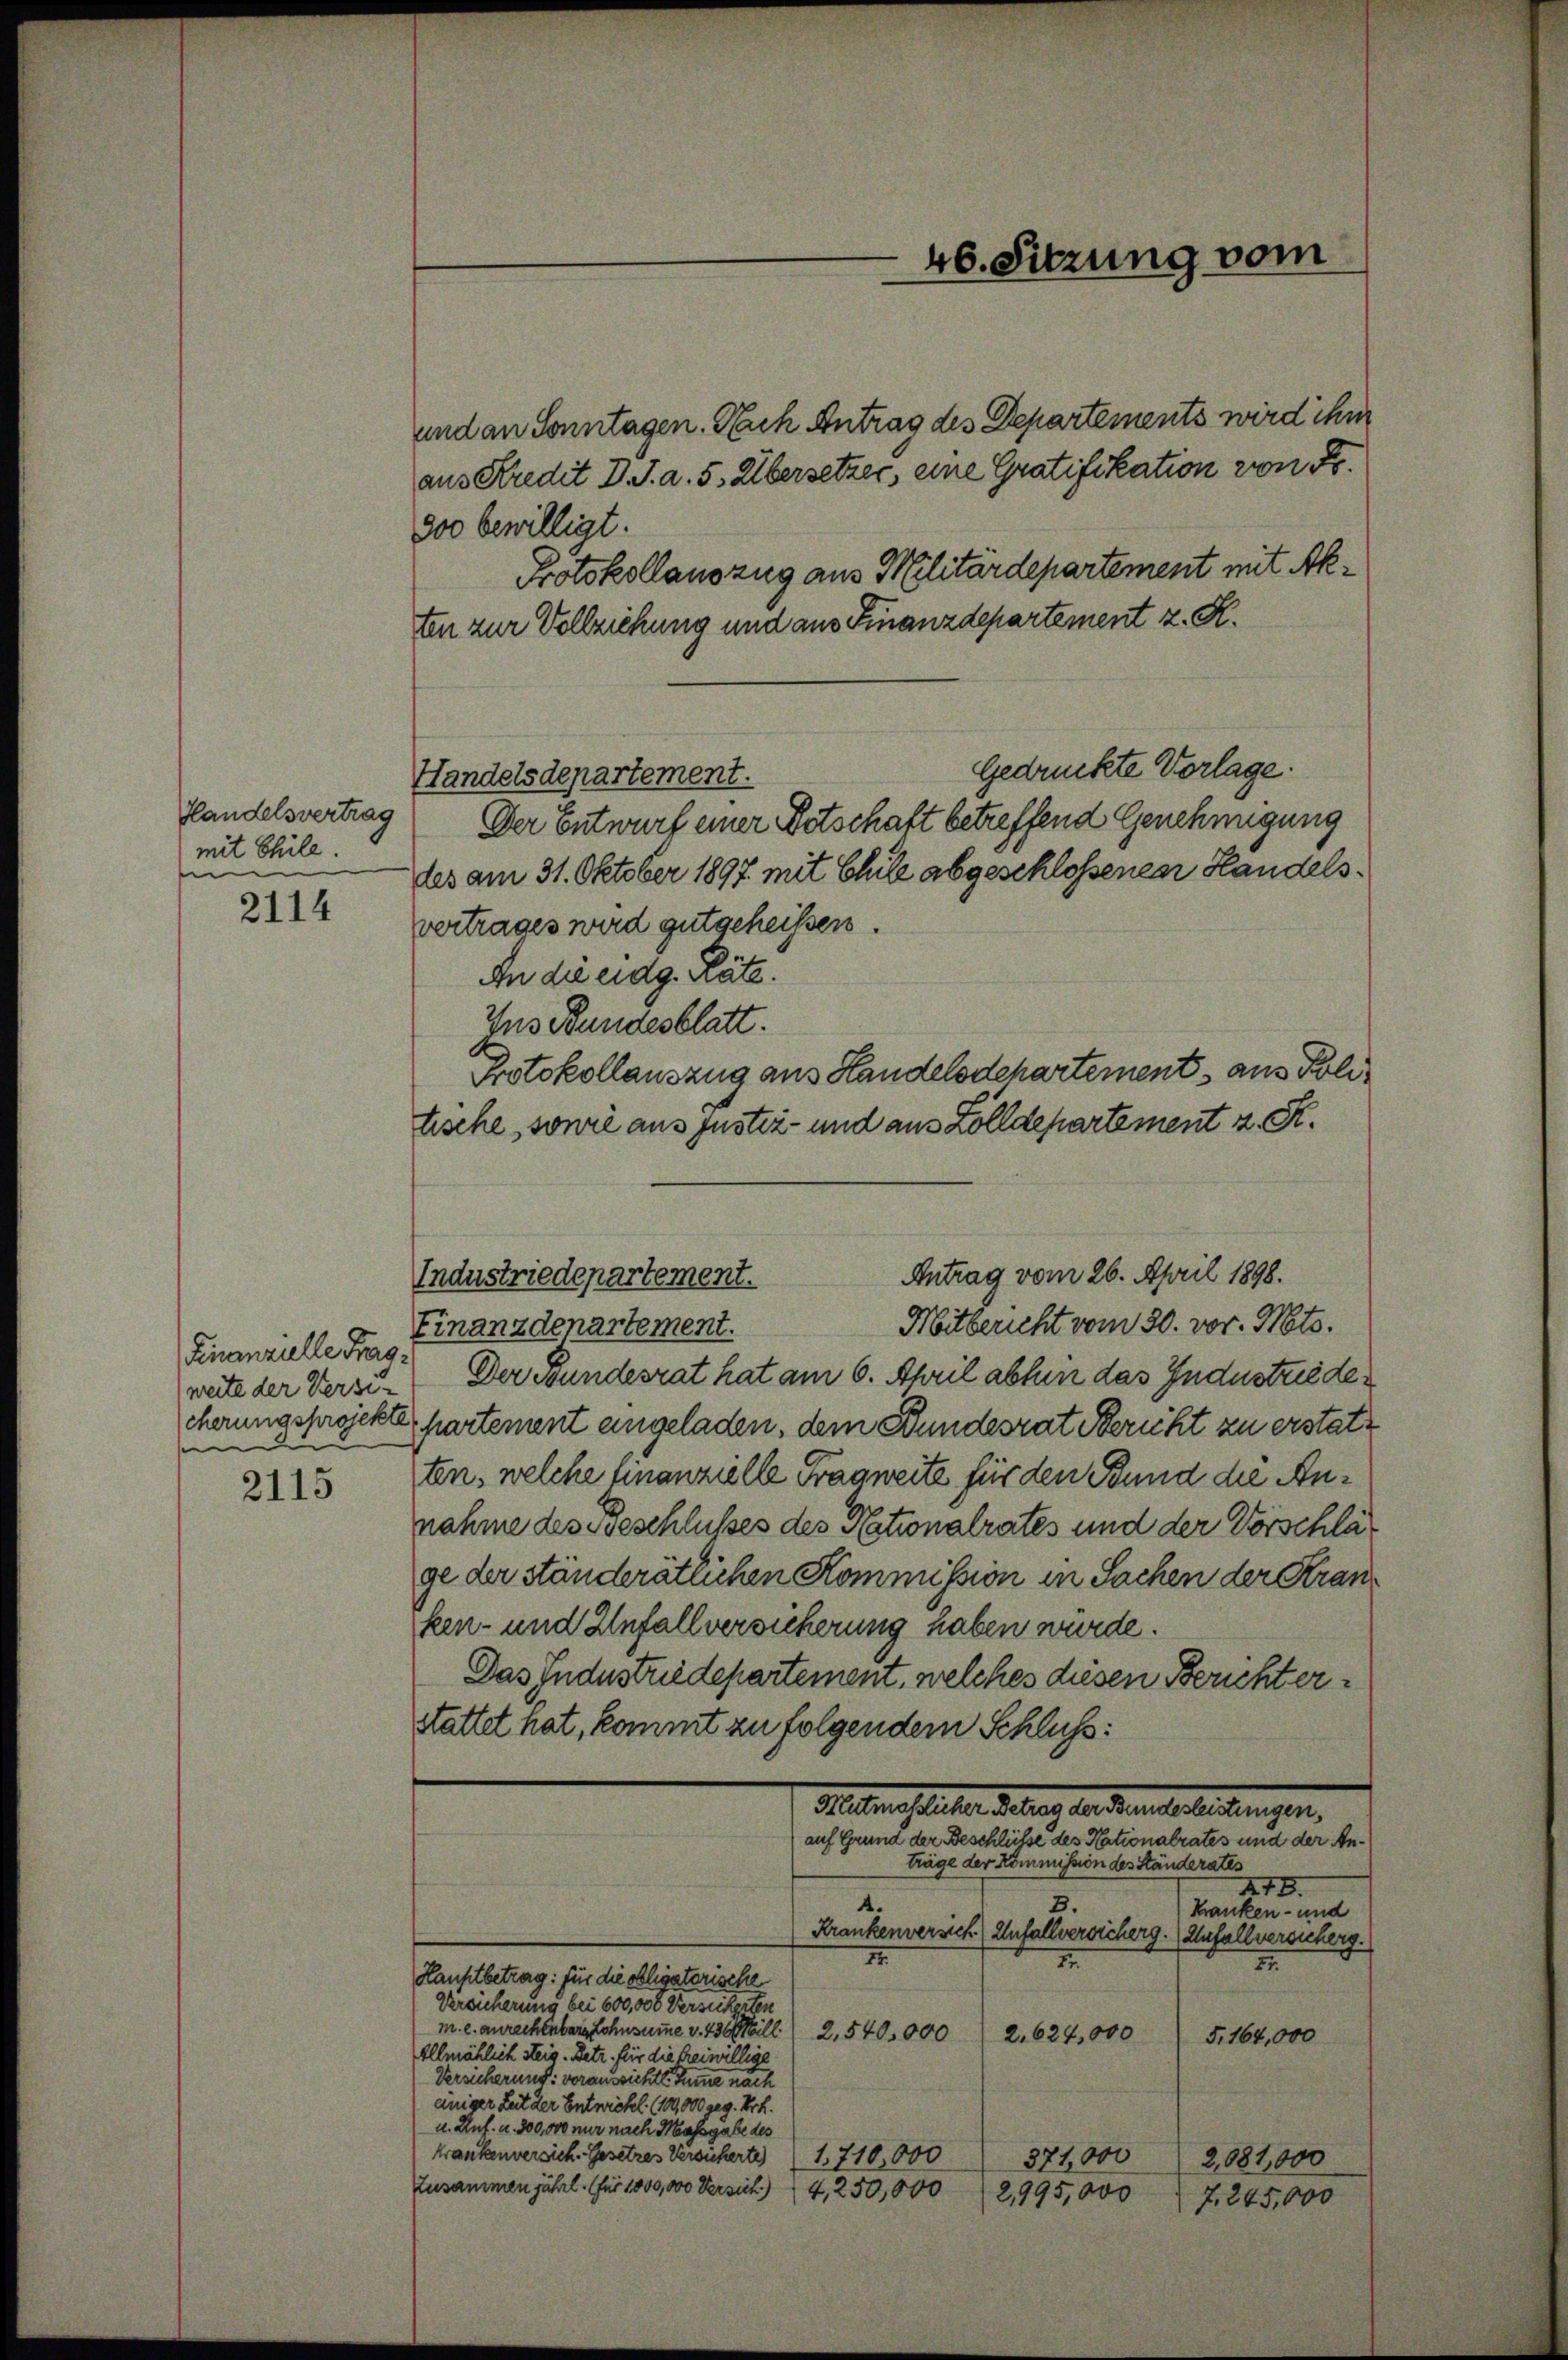
Handelsvertrag
mit Thile.
e

2114

Finanzielle Frag
i

2115

und an Sonntagen. Auch Antrag des Departements wird ihm
aus Kredit D. J. a. 5. Übersetzer, eine Gratifikation von Fr.
800 bewilligt.
Protokollauszug aus Militärdepartement mit Akten zur Vollziehung und aus Finanzdepartement z. R.
gedruckte Vorlage.
Handelsdepartement.
Der Entwurf einer Betschaft betreffend Genehmigung
les am 31. Oktober 1897 mit Chile abgeschlossenen Handelsvertrages wird gutgeheißen.
An die eidg. Räte.
Ius Bundesblatt.
Protokollauszug aus Handelsdchartement, aus Politische, sowie aus Justiz- und aus Zolldepartement z. S.
Mitbericht vom 30. vor. Mts.
Finanzdepartement.
weite der Versi- Der Bundesrat hat am 6. April abhin das Industriedecherungsprojekte hartement eingeladen, dem Bundesrat Bericht zu erstatten, welche finanzielle Tragweite für den Bund die Annahme des Geschlußes des Nationalrates und der Vorschläge der ständerätlichen Kommission in Sachen der Kranken- und Unfallversicherung haben würde.
Das Industriedepartement, welches diesen Berichterstattet hat, kommt zu folgendem Schluss:
Maternehelicher deutung der einen an ein eingen,
auf Grund der Beschlüsse des Nationalrates und der Anträge der Kommission des Ständerates
277.
a
3.
Kranken- und
Krankenversich Unfallversicherg. Anfallversucherg.
II.
I
II.
Hauptbetrag: für die obligatorische
Versicherung bei 600,000 Versicherten
m. c. anrechenbarg Lohnsumme v. 136 Mill) 2,540,000
2.624,000
5, 164,000
Illmählich steig. Betr. für die freiwillige
Versicherung: voraussichte Summe nach
eniger Zeit der Entwickel (100,000 geg. Frk.
u. Anf. u. 300,000 nur nach Massgabe des
krankenversich. Gesetzes Versicherte (1. 710,000
371,000
2,081,000
Zusammen jährl. (für 1800,000 Versich) 14, 250,000 (2,995,000
7. 245,000

Industriedepartement.

46. Sitzung vom

Antrag vom 26. April 1898.